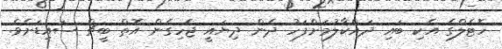
ހޮޓެލްގެ އެކި ބައި ދައްކާލުމަށްފަހު ދެން ދިޔައީ ޖެހިގެން އޮތް ބީޗް ސައިޑަށެވެ.